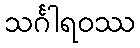
သင်္ဂါရဝဿ